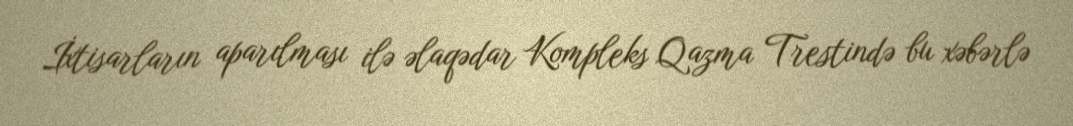
İxtisarların aparılması ilə əlaqədar Kompleks Qazma Trestində bu xəbərlə